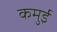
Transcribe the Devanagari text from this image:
कमुई